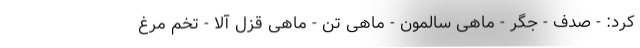
کرد: - صدف - جگر - ماهی سالمون - ماهی تن - ماهی قزل آلا - تخم مرغ